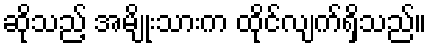
ဆိုသည့် အမျိုးသားက ထိုင်လျက်ရှိသည်။